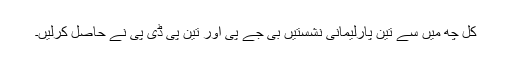
کل چھ میں سے تین پارلیمانی نشستیں بی جے پی اور تین پی ڈی پی نے حاصل کرلیں۔